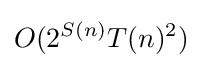
O(2^{S(n)}T(n)^{2})